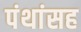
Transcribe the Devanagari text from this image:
पंथांसह